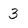
Character: 3